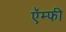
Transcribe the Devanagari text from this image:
ऍम्फी